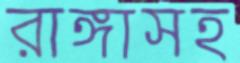
রাঙ্গাসহ